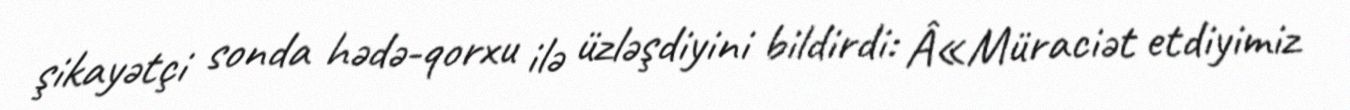
şikayətçi sonda hədə-qorxu ilə üzləşdiyini bildirdi: Â«Müraciət etdiyimiz